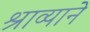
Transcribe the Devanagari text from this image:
श्राव्याने